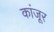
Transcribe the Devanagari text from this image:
कांजूर